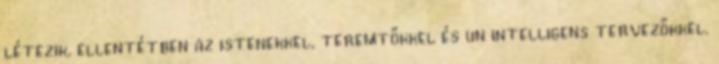
létezik, ellentétben az istenekkel, teremtőkkel és un intelligens tervezőkkel.